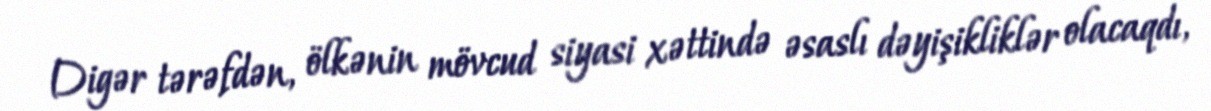
Digər tərəfdən, ölkənin mövcud siyasi xəttində əsaslı dəyişikliklər olacaqdı,